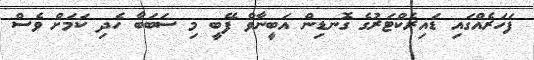
ފަހަރެއްގައި ޑައިރެކްޓަރުގެ ގޮނޑިން އަބީނާވް ފޭބީ މި ސަބަބާ ހެދި ކަމަށް ވެސް